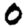
Digit: 0